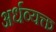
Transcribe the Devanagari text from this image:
अर्धव्यक्त